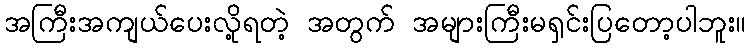
အကြီးအကျယ်ပေးလို့ရတဲ့ အတွက် အများကြီးမရှင်းပြတော့ပါဘူး။